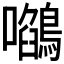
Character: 𭌻